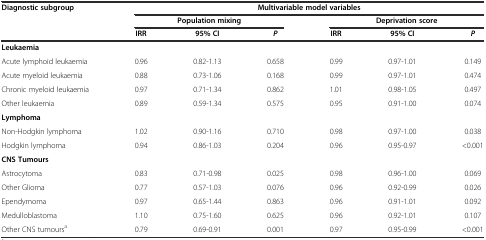
| <ROWSPAN=3> Diagnostic subgroup | <COLSPAN=6> Multivariable model variables |
 | <COLSPAN=3> Population mixing | <COLSPAN=3> Deprivation score |
 | IRR | 95% CI | P | IRR | 95% CI | P |
 | --- | --- | --- | --- | --- | --- | --- |
 | Leukaemia |  |  |  |  |  |  |
 | Acute lymphoid leukaemia | 0.96 | 0.82-1.13 | 0.658 | 0.99 | 0.97-1.01 | 0.149 |
 | Acute myeloid leukaemia | 0.88 | 0.73-1.06 | 0.168 | 0.99 | 0.97-1.01 | 0.474 |
 | Chronic myeloid leukaemia | 0.97 | 0.71-1.34 | 0.862 | 1.01 | 0.98-1.05 | 0.497 |
 | Other leukaemia | 0.89 | 0.59-1.34 | 0.575 | 0.95 | 0.91-1.00 | 0.074 |
 | Lymphoma |  |  |  |  |  |  |
 | Non-Hodgkin lymphoma | 1.02 | 0.90-1.16 | 0.710 | 0.98 | 0.97-1.00 | 0.038 |
 | Hodgkin lymphoma | 0.94 | 0.86-1.03 | 0.204 | 0.96 | 0.95-0.97 | <0.001 |
 | CNS Tumours |  |  |  |  |  |  |
 | Astrocytoma | 0.83 | 0.71-0.98 | 0.025 | 0.98 | 0.96-1.00 | 0.069 |
 | Other Glioma | 0.77 | 0.57-1.03 | 0.076 | 0.96 | 0.92-0.99 | 0.026 |
 | Ependymoma | 0.97 | 0.65-1.44 | 0.863 | 0.96 | 0.91-1.01 | 0.092 |
 | Medulloblastoma | 1.10 | 0.75-1.60 | 0.625 | 0.96 | 0.92-1.01 | 0.107 |
 | Other CNS tumoursa | 0.79 | 0.69-0.91 | 0.001 | 0.97 | 0.95-0.99 | <0.001 |